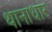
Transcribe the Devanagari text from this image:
थानाधार